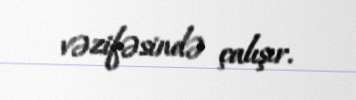
vəzifəsində çalışır.